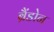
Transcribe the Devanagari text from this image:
ब्रैंडोन